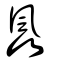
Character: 飍